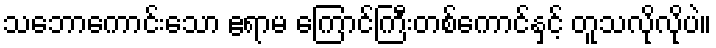
သဘောကောင်းသော ဧရာမ ကြောင်ကြီးတစ်ကောင်နှင့် တူသလိုလိုပဲ။